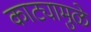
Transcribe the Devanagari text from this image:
काट्यामुळे